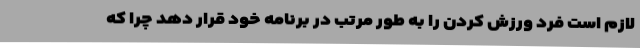
لازم است فرد ورزش کردن را به طور مرتب در برنامه خود قرار دهد چرا که